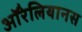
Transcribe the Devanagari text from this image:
ऑरेलियानस